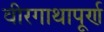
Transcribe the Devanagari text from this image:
वीरगाथापूर्ण